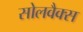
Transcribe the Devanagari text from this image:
सोलवैक्स